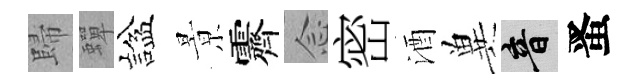
歸蟬諡㬌霽𫝹密酒兾音󱉠